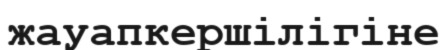
жауапкершілігіне